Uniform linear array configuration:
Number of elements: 24
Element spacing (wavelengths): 0.75
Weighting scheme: hann
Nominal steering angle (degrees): -30
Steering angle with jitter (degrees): -30.135
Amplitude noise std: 0.05
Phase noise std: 0.05

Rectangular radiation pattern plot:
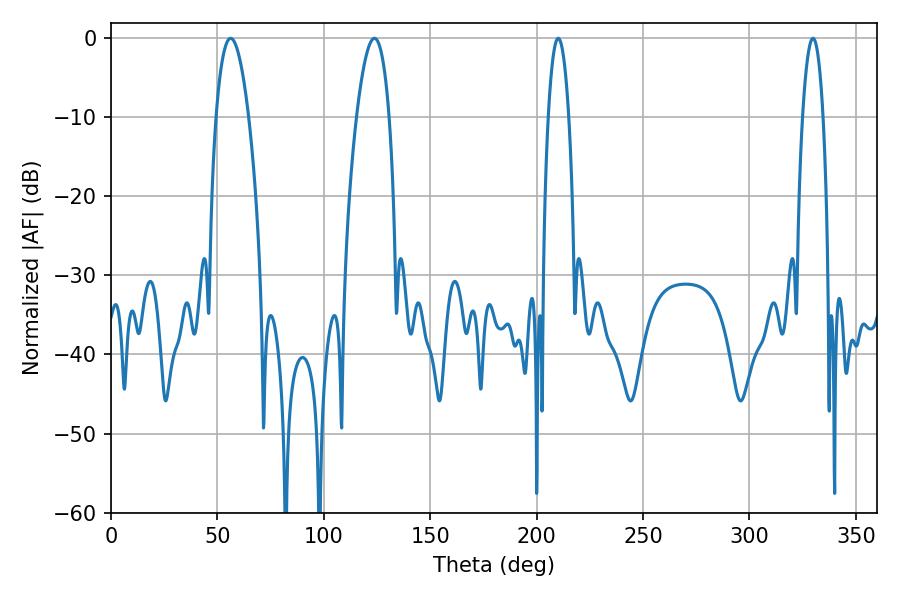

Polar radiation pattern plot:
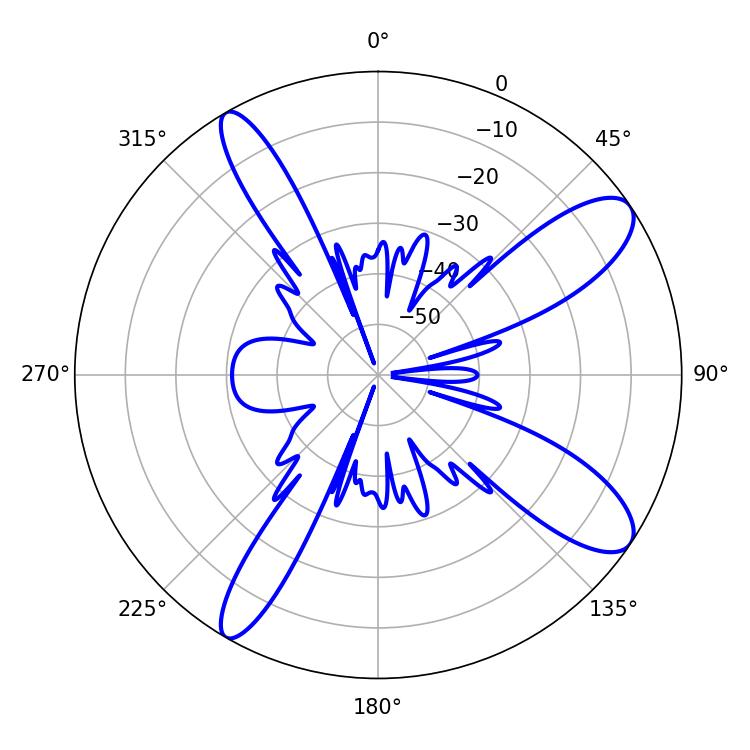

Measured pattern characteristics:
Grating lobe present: TRUE
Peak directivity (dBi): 10.889
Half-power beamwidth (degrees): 8.46
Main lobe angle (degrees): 56.16